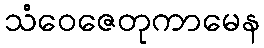
သံဝေဇေတုကာမေန